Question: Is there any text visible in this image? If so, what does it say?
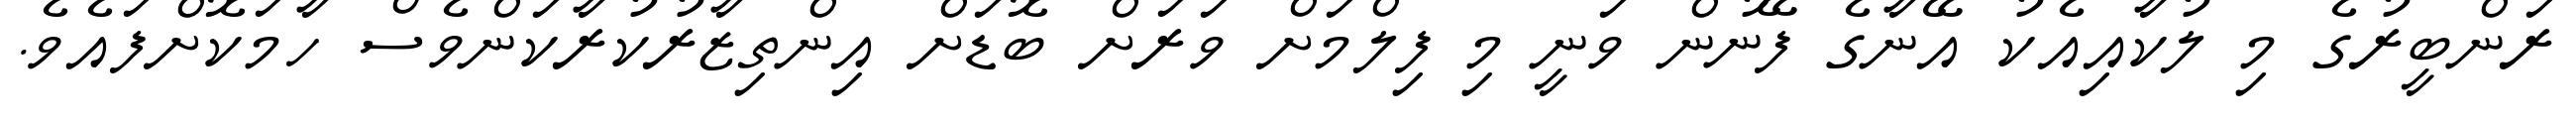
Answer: ރަންބީރުގެ މި ލުކާއިއެކު އޭނާގެ ފޭނުން ވަނީ މި ފިލްމަށް ވަރަށް ބޮޑަށް އިންތިޒާރުކުރާކަންވެސް ހާމަކޮށްފައެވެ.